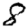
Digit: 8